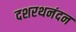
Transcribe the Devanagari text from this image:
दशरथनंदन